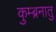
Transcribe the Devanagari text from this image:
कुम्ब्रनातु